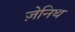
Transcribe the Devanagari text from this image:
ज़ेनिथ